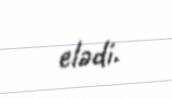
elədi.